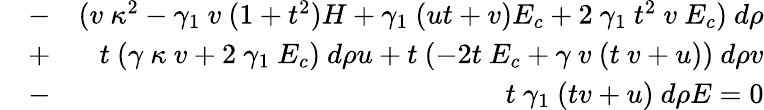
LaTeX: \begin{array}{rlr}&{-}&{(v~\kappa^{2}-\gamma_{1}~v~(1+t^{2})H+\gamma_{1}~(ut+v)E_{c}+2~\gamma_{1}~t^{2}~v~E_{c})~d\rho}\\ &{+}&{t~(\gamma~\kappa~v+2~\gamma_{1}~E_{c})~d\rho u+t~(-2t~E_{c}+\gamma~v~(t~v+u))~d\rho v}\\ &{-}&{t~\gamma_{1}~(tv+u)~d\rho E=0}\end{array}